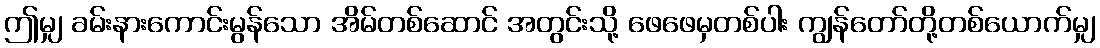
ဤမျှ ခမ်းနားကောင်းမွန်သော အိမ်တစ်ဆောင် အတွင်းသို့ ဖေဖေမှတစ်ပါး ကျွန်တော်တို့တစ်ယောက်မျှ